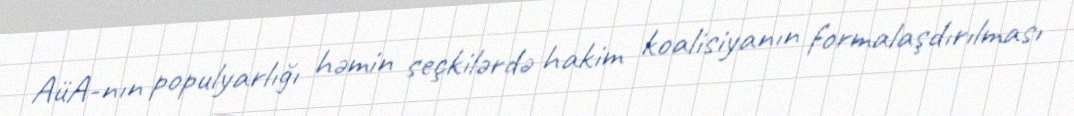
AüA-nın populyarlığı həmin seçkilərdə hakim koalisiyanın formalaşdırılması